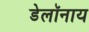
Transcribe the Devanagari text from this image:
डेलॉनाय